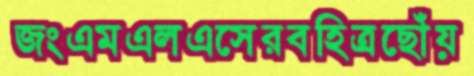
জংএমএলএসেরবহিত্রছোঁয়